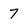
Character: 7